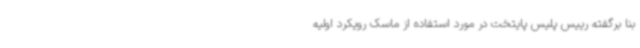
بنا برگفته رییس پلیس پایتخت در مورد استفاده از ماسک رویکرد اولیه